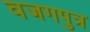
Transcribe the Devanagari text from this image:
वजगपुत्र